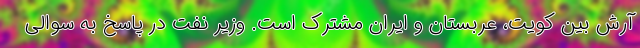
آرش بین کویت، عربستان و ایران مشترک است. وزیر نفت در پاسخ به سوالی